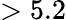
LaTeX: >5.2